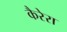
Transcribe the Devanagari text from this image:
कैरेरा